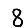
Digit: 8